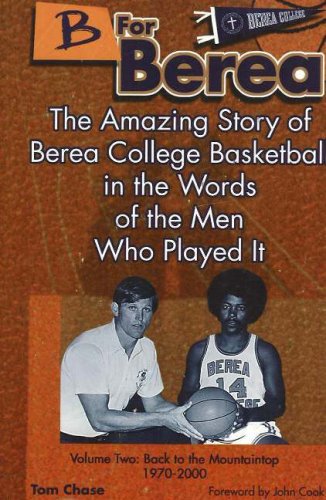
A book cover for B for Berea: Volume 2 - Back to the Mountaintop, 1970-2000: The Amazing Story of Berea College Basketball in the Words of the Men Who Played It (v. 2); Tom Chase; Sports & Outdoors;